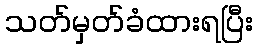
သတ်မှတ်ခံထားရပြီး